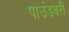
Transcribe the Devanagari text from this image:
पाउंडबरी